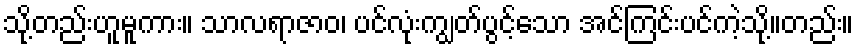
သို့တည်းဟူမူကား။ သာလရာဇာဝ၊ ပင်လုံးကျွတ်ပွင့်သော အင်ကြင်းပင်ကဲ့သို့။တည်း။